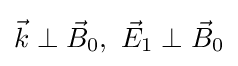
{\vec {k}}\perp {\vec {B}}_{0},\ {\vec {E}}_{1}\perp {\vec {B}}_{0}